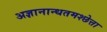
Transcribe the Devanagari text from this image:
अज्ञानान्धतमश्छेत्ता